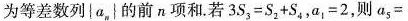
为等差数列\{a_{n}\}的前n项和.若$$3S_{3}=S_{2}+S_{4}$$，$$a_{1}=2$$，则a_{5}=